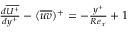
\begin{array} { r } { \frac { d \overline { { U ^ { + } } } } { d y ^ { + } } - ( \overline { { u v } } ) ^ { + } = - { \frac { y ^ { + } } { R e _ { \tau } } } + 1 } \end{array}